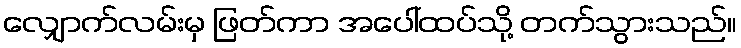
လျှောက်လမ်းမှ ဖြတ်ကာ အပေါ်ထပ်သို့ တက်သွားသည်။